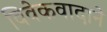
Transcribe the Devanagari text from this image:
विवेकवादाने